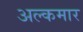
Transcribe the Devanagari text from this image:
अल्कमार